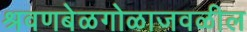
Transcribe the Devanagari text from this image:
श्रवणबेळगोळाजवळील